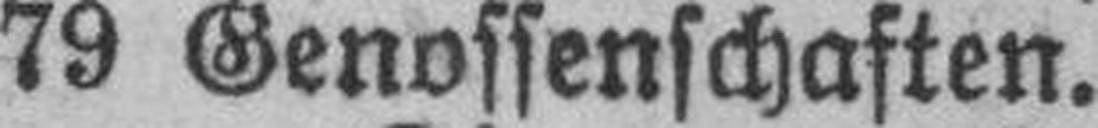
79 Genossenschaften.